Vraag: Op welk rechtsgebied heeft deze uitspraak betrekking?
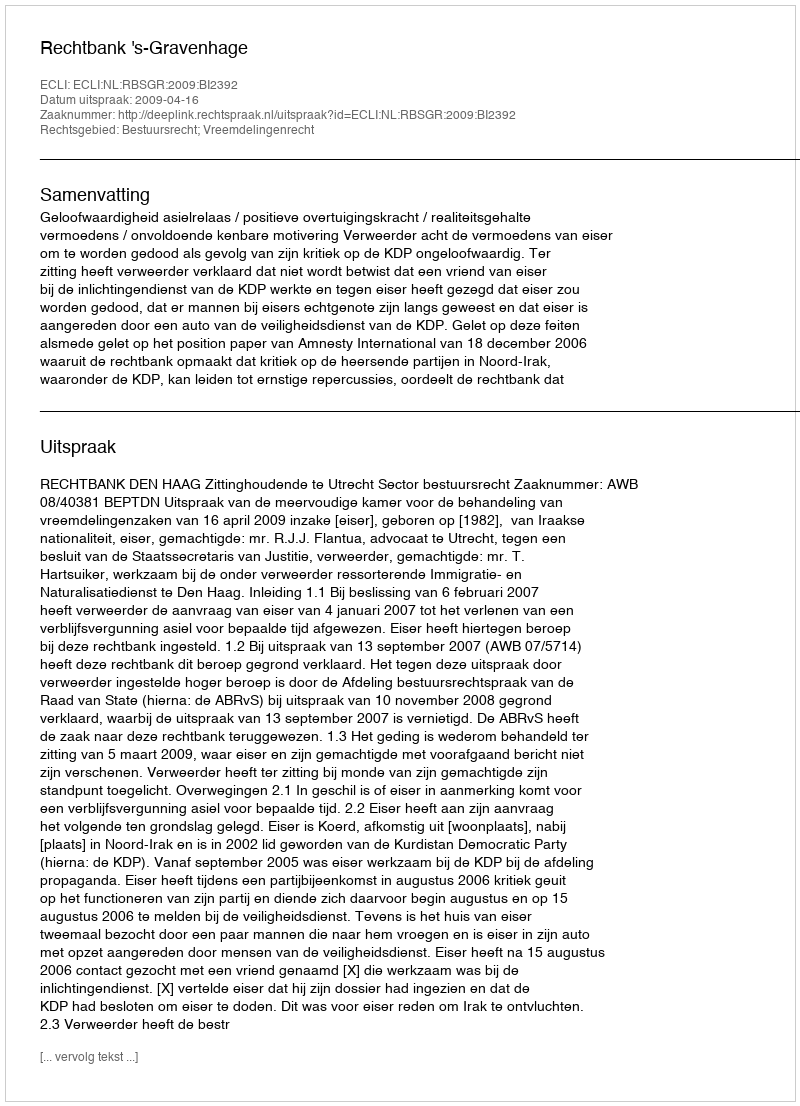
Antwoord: Bestuursrecht; Vreemdelingenrecht